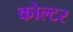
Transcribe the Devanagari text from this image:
कोल्टर